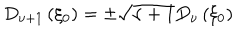
LaTeX: D _ { \nu + 1 } \left( \xi _ { 0 } \right) = \pm \sqrt { \nu + 1 } D _ { \nu } \left( \xi _ { 0 } \right)